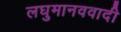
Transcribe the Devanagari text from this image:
लघुमानववादी